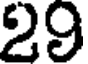
29